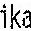
IKA